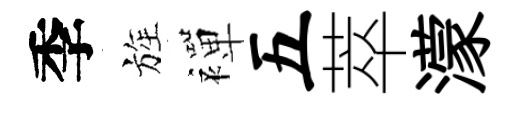
季旌襌五萃濛